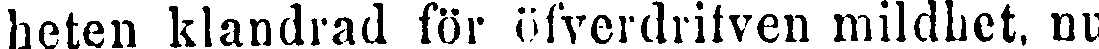
heten klandrad för öfverdrifven mildhet, nu